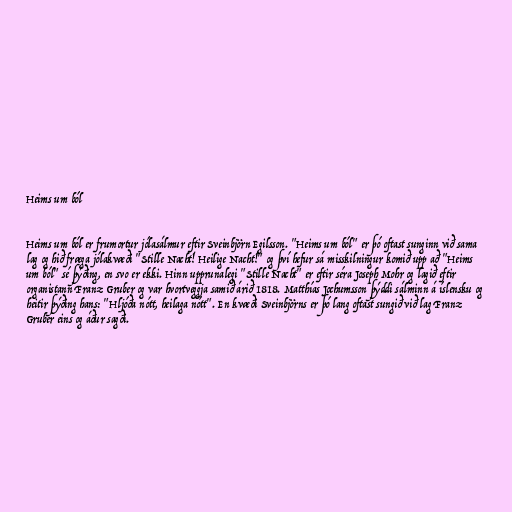
Heims um ból

Heims um ból er frumortur jólasálmur eftir Sveinbjörn Egilsson. "Heims um ból" er þó oftast sunginn við sama
lag og hið fræga jólakvæði "Stille Nacht! Heilige Nacht!" og því hefur sá misskilningur komið upp að "Heims
um ból" sé þýðing, en svo er ekki. Hinn upprunalegi "Stille Nacht" er eftir séra Joseph Mohr og lagið eftir
organistann Franz Gruber og var hvortveggja samið árið 1818. Matthías Jochumsson þýddi sálminn á íslensku og
heitir þýðing hans: "Hljóða nótt, heilaga nótt". En kvæði Sveinbjörns er þó lang oftast sungið við lag Franz
Gruber eins og áður sagði.